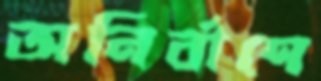
অনির্বাণে